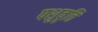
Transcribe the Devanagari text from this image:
पशुवृत्ति